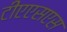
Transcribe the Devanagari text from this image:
टीएएसएस